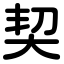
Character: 契